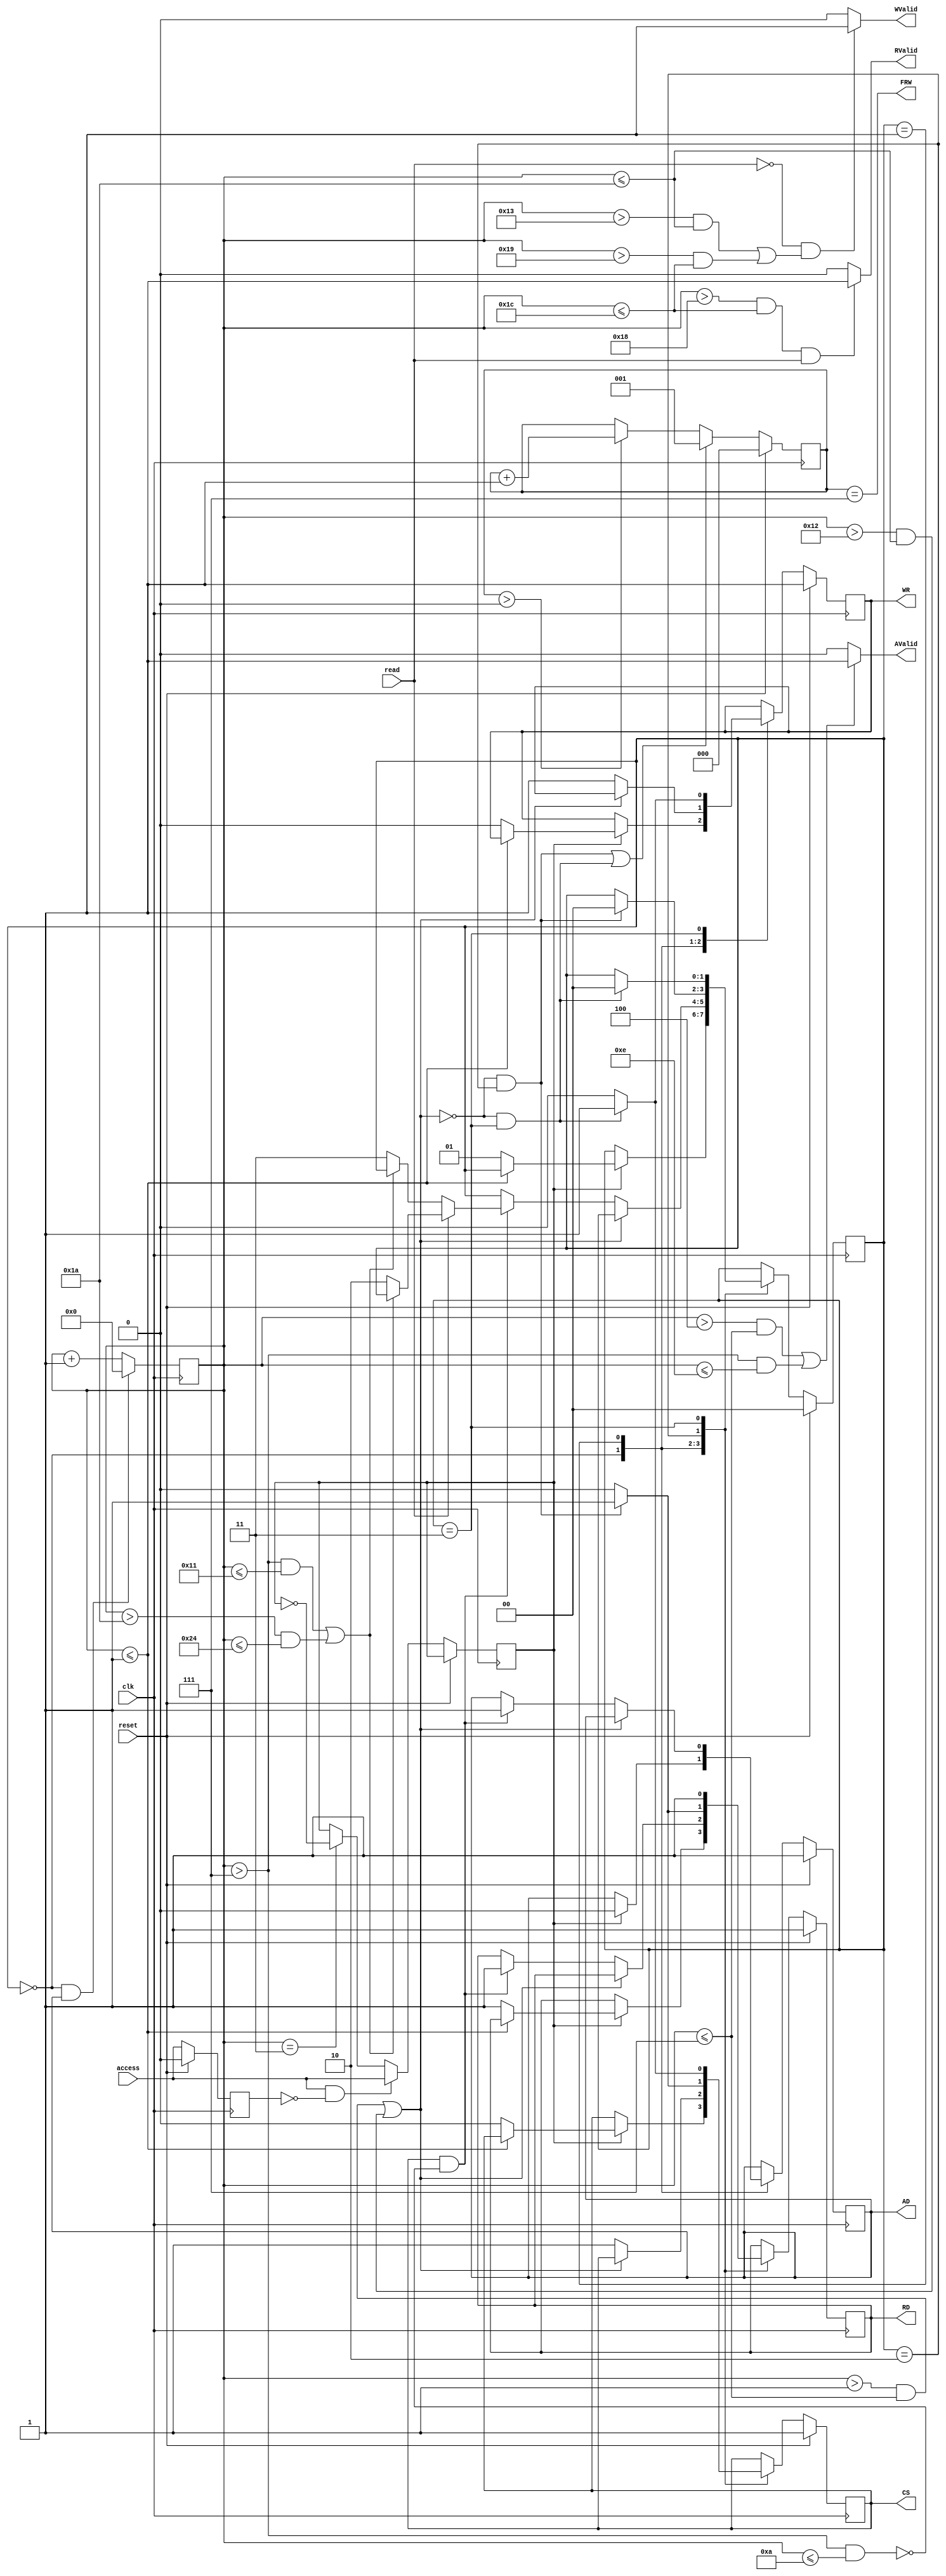
`timescale 1ns / 1ps

module transfer(
	input wire access, read, clk, reset,    				//Entradas del mdulo
	output wire AD, CS, RD, WR, FRW, AValid, WValid, RValid         				//Salidas de control del RTC, en lgica negativa, donde AD es ~A/D para abreviar
   );

	reg ADr, RDr, CSr, WRr;						//Se definen los registros en los que se trabajar secuencialmente el valor de las
	reg [1:0] state;						//variables de control del RTC, el valor del estado presente, y se inicializa el contador
	reg [5:0] cycles;

	assign AD = ADr;						//Se asigna el valor de los registros a las salidas del mdulo
	assign CS = CSr;
	assign RD = RDr;
	assign WR = WRr;

	reg Acceso, Acceso_prev, Acceso_nxt;

	always @(posedge clk)begin
		if(reset) begin
			Acceso_prev <= 1'b0;
		end
		else begin
			Acceso_prev <= Acceso_nxt;
			if(Acceso_nxt == 1'b1 && Acceso_prev == 1'b0) Acceso <= Acceso_nxt;
			else begin
				if (cycles == 3'h3) Acceso <= ~Acceso;
				else Acceso <= Acceso;
			end
		end
	end

	always @(*) begin
		Acceso_nxt = access;
	end

	reg [2:0] timer;
	wire leido, escrito;

	wire tcs, tw, tacc, tadt, tads, taw, tah, tdf, tdw, tdh; 	 	//Se definen las ventanas de tiempo como pulsos en los que
																			 //no se permitir o se permitir el cambio de seales segn
	assign tads = (cycles <= 1);					//corresponda para evitar errores de lectura/escritura
	assign tcs = (cycles > 1 & cycles <= 7) | (cycles > 18 & cycles <= 26);
																			 //las ventanas de tiempo se definen haciendo uso del contador.
																//Dado que cada cuenta equivale a 10ns, dado que el CLK funciona
																	//a 100MHz, entonces se aproximan los valores de operacin de cada
	assign tw = (cycles > 7 & cycles <= 17) | (cycles > 26 & cycles <= 36);
																			 //seal segn se especifca en la hoja de datos del RTC
	assign tadt = (cycles > 7 & cycles <= 10);			//y as se activan en el orden y momento correctos las seales para
																		//controlar el dispositivo V3023
																		    //Ventanas de Dato de lectura valido
	assign tdf = (cycles > 24 & cycles <= 28);
	assign RValid = (tdf && read) ? 1'b1 : 1'b0;

	assign taw = (cycles > 4 & cycles <= 7);				//Ventanas de Address valido
	assign tah = (cycles > 7 & cycles <= 14);
	assign AValid = (taw | tah) ? 1'b1 : 1'b0;

	assign tdw = (cycles > 19 & cycles <= 26);			//Ventanas de Dato de escritura valido
	assign tdh = (cycles > 25 & cycles <= 28);
	assign WValid = (~read && (tdw || tdh)) ? 1'b1 : 1'b0;


//assign AValid = ((state == 1 || state == 0) && (tdw | tdh) ? : ;


	always @(posedge clk) begin
		if (reset) begin timer <= 0; end
		else begin
			if(leido | escrito)begin
				timer <= 1;
			end
			else begin
				if (timer > 0) begin
					timer <= timer + 1;
				end
				else begin
					timer <= timer;
				end
			end
		end
	end


	assign leido = ~tcs & (state == 2);
	assign escrito = ~tcs & (state == 3);
	assign FRW = (timer == 3'h7);


	always @(posedge clk) begin 					//Se define la FSM como un dispositivo sincronico sensible al flanco positivo del reloj.
		if(reset) begin 					//Se define una rutina de reset donde se dan los valores default de las variables de control
			state <= 0;					//y estado.
			ADr <= 1;
			CSr <= 1;
			RDr <= 1'b1;					//La mquina de estados principal de este mdulo consta de 4 estados, y se coordina con un contados
			WRr <= 1;					//para dar los tiempos de espera correspondientes a cada estado u operacin.
		end							//Dado que el RTC especifica tiempos de diferencia entre la conmutacin de algunas seales
		else begin						//cada uno de estos estados es una rutina en si, que realiza varias operaciones segn se lo indique
		case(state)						//el contador.
			0:
				if(Acceso) begin 			//Para el estado inicial, o de espera, si se solicita un acceso al RTC, se inicia la rutina descrita
					ADr <= 0;			//a continuacin: Se activa el bus en modo de direccin.
					if(~tads)begin			//una vez cumplido el tiempo de espera correspondiente, se procede a asignar valores a las variables
						CSr <= 0;		//de control. Una vez asignados los valores correctos, se procede al siguiente estado.
						RDr <= 1;
						WRr <= 0;
						state <= 1;
					end
					else begin
						CSr <= CSr;		//Si no se ha cumplido el tiempo de espera, se mantienen los valores de las seales de control.
						RDr <= RDr;
						WRr <= WRr;
					end
				end
				else begin
					state <= state; 		//Si no se solicita acceso al RTC, la FSM se mantien en este estado de espera.
				end
			1:
				if(~tcs) begin				//En el primer estado, una vez cumplida la condicin de tiempo de espera, se cambian los valores de control
					CSr <= 1;
					WRr <= 1;
					if(CS && ~tadt) begin		//Esta lgica es muy similar en todos los estados.
						ADr <= 1;
						if(read)begin 		//Para este estado especfico, la condicin del siguiente estado define un salto a uno de dos estados diferentes
							RDr <= 1;	//uno de lectura, y otro de escritura.
							if(~tw) begin
								state <= 2;
							end
							else begin
								state <= state;
							end
						end
						else begin
							RDr <= 1'b1;
							if(~tw) begin
								state <= 3;
							end
							else begin
								state <= state;
							end
						end
					end
					else begin
						ADr <= ADr;
					end
				end
				else begin
					state <= state;
				end
			2:
				if(~leido) begin							//Los ltimos dos estados son muy similares entre si, y siguen la lgica de los estados anteriores.
					CSr <= 0;
					RDr <= 0;
					state <= state;
				end
				else begin
					if(leido) begin
						CSr <= 1;
						RDr <= 1'b1;
						state <= 0;
					end
					else begin
						CSr <= CSr;
						RDr <= RDr;
					end
				end

			3:
				if(~escrito) begin
					CSr <= 0;
					RDr <= 1;
					WRr <= 0;
					state <= state;
				end
				else begin
					if(escrito) begin
						CSr <= 1;
						WRr <= 1;
						RDr <= 1'b1;
						state <= 0;
					end
					else begin
						CSr <= CSr;
						RDr <= RDr;
					end
				end

		endcase
		end
	end

	always @(posedge clk) begin 				 //Se define contador para temporizacin de ventanas de tiempo de seales, como se mencion antes.
		if(state == 0 & AD) begin			 //El contador se sincroniza con el clock pero inicia una vez que se activa la escritura de direccin.
			cycles <= 0;
		end
		else begin
			cycles <= cycles + 1;
		end
	end

endmodule